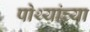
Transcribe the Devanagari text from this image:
पोथ्यांच्या